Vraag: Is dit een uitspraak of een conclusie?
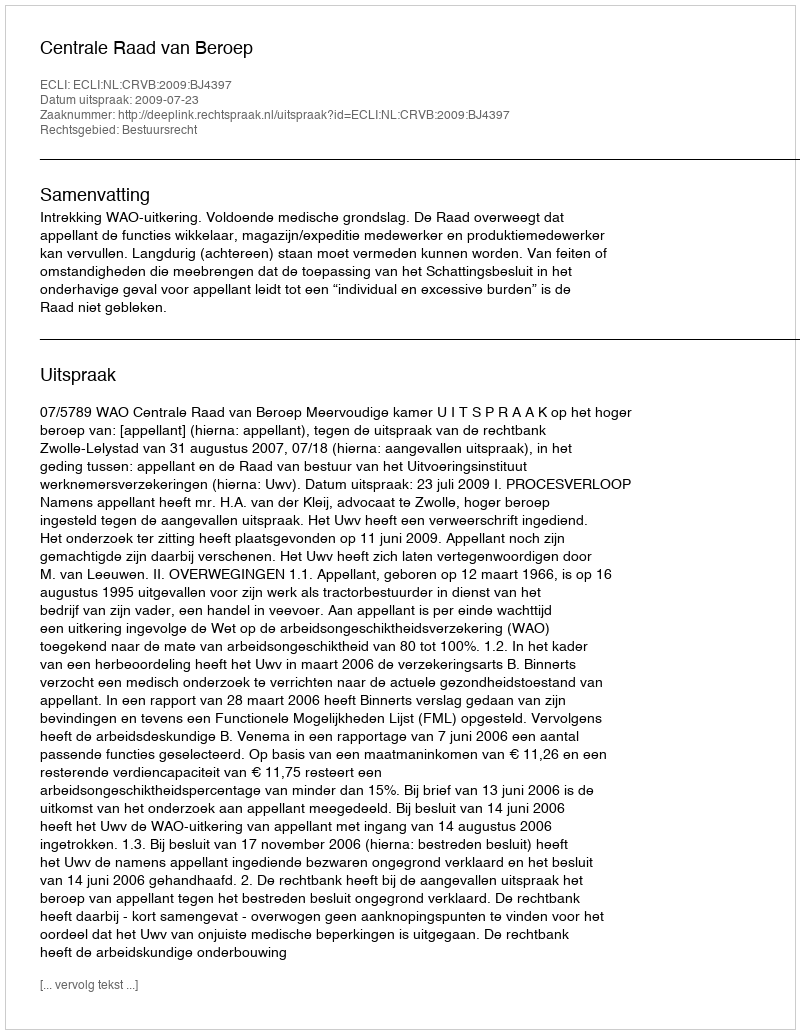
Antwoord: Uitspraak